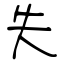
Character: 失